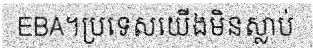
EBA។ប្រទេសយើងមិនស្លាប់